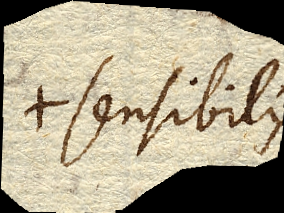
sensibilis